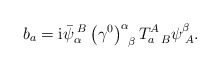
\begin{align*}b_{a}=\mathrm{i}\bar{\psi}_{\alpha }^{\;B}\left( \gamma ^{0}\right)_{\;\;\beta }^{\alpha }T_{a\;\;B}^{A}\psi _{\;A}^{\beta }. \end{align*}